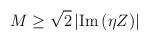
LaTeX: \begin{align*}M\geq\sqrt{2}\left|{\rm Im}\,(\eta Z)\right|\end{align*}